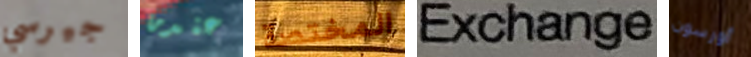
جيرسي عندما المختصة Exchange أورسون